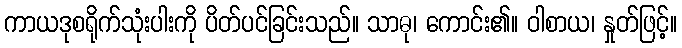
ကာယဒုစရိုက်သုံးပါးကို ပိတ်ပင်ခြင်းသည်။ သာဓု၊ ကောင်း၏။ ဝါစာယ၊ နှုတ်ဖြင့်။